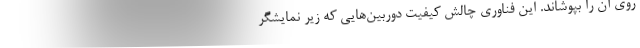
روی آن را بپوشاند. این فناوری چالش کیفیت دوربین‌هایی که زیر نمایشگر